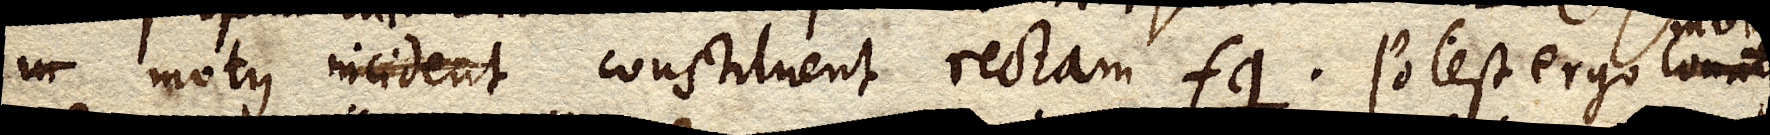
in motus incident constituent rectam fg. Potest ergo conatus